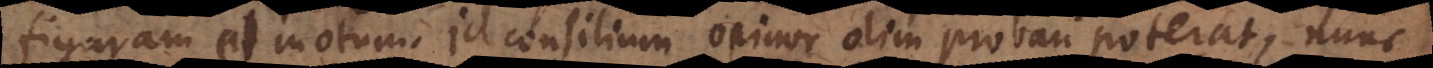
figuram et motum. Id consilium opinor olim probari poterat, nunc